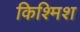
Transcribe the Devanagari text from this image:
किश्मिश